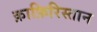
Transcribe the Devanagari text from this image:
क़ाफ़िरिस्तान